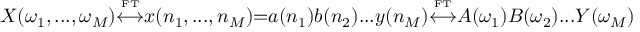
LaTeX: X ( \omega _ { 1 } , . . . , \omega _ { M } ) { \overset { \underset { \mathrm { F T } } { } } { \longleftrightarrow } } x ( n _ { 1 } , . . . , n _ { M } ) { = } a ( n _ { 1 } ) b ( n _ { 2 } ) . . . y ( n _ { M } ) { \overset { \underset { \mathrm { F T } } { } } { \longleftrightarrow } } A ( \omega _ { 1 } ) B ( \omega _ { 2 } ) . . . Y ( \omega _ { M } )